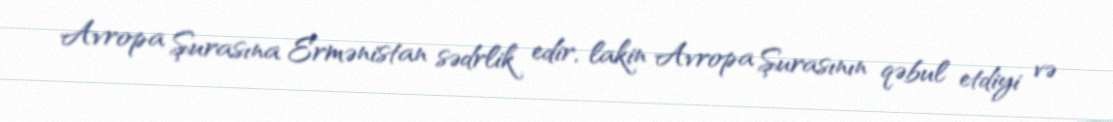
Avropa Şurasına Ermənistan sədrlik edir, lakin Avropa Şurasının qəbul etdiyi və